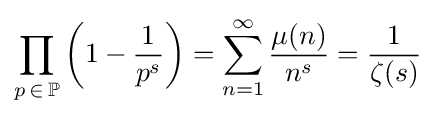
\prod _{p\,\in \,\mathbb {P} }\left(1-{\frac {1}{p^{s}}}\right)=\sum _{n=1}^{\infty }{\frac {\mu (n)}{n^{s}}}={\frac {1}{\zeta (s)}}